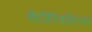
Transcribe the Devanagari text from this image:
मैटोरियलिज्म